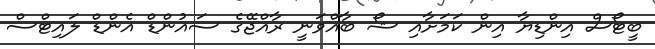
ބީޓޯސް އިންޑިޔާ އިން ކަމަށާއި ޝޯ ބާއްވަނީ ރާއްޖޭގެ ސައުންޑް އެންޑް ލައިޓްސް